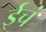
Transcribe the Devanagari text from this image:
ईचं